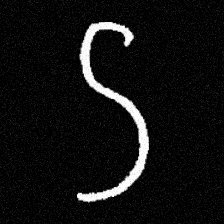
Pyu character \u2014 Myanmar letter: ဌ (romanized: ttha)